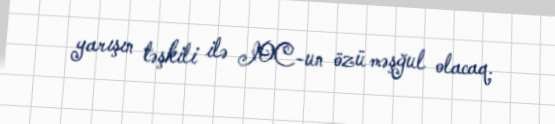
yarışın təşkili ilə IOC-un özü məşğul olacaq.